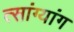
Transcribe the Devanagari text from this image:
त्सांग्यांग